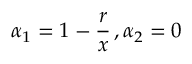
\alpha _ { 1 } = 1 - \frac { r } { x } \, , \alpha _ { 2 } = 0